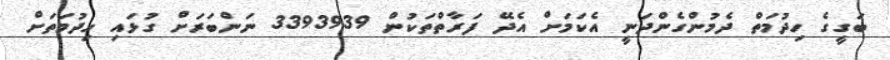
ބަގީގެ ހިދުމަތް ދެމުންގެންދަނީ އެކަމަށް އެދޭ ފަރާތްތަކުން 3393939 ނަންބަރަށް ގުޅައި ހިދުމަތަށް